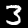
Digit: 3